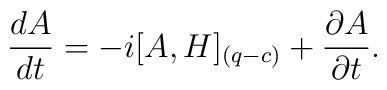
{dA \over dt} = -i[A,H]_{(q-c)}+{\partial A \over \partial t}.